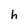
Character: h